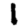
Digit: 1